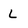
Character: L